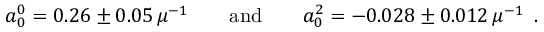
a _ { 0 } ^ { 0 } = 0 . 2 6 \pm 0 . 0 5 \, \mu ^ { - 1 } \qquad \mathrm { a n d } \qquad a _ { 0 } ^ { 2 } = - 0 . 0 2 8 \pm 0 . 0 1 2 \, \mu ^ { - 1 } \enspace .